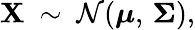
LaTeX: \mathbf{X}\ \sim\ {\mathcal{N}}({\boldsymbol{\mu}},\, {\boldsymbol{\Sigma}}),